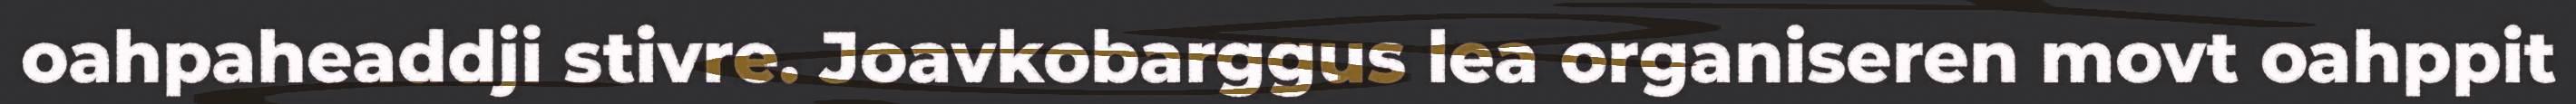
oahpaheaddji stivre. Joavkobarggus lea organiseren movt oahppit